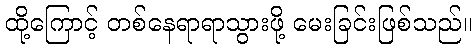
ထို့ကြောင့် တစ်နေရာရာသွားဖို့ မေးခြင်းဖြစ်သည်။